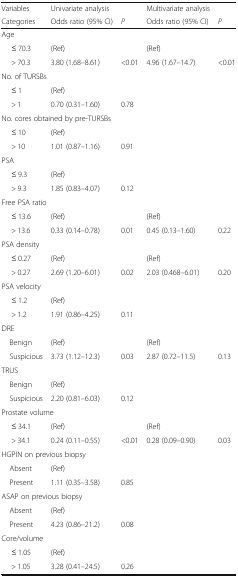
<table><thead><tr><td><b>Variables</b></td><td><b>Univariate analysis</b></td><td></td><td><b>Multivariate analysis</b></td><td></td></tr><tr><td><b>Categories</b></td><td><b>Odds ratio (95% CI)</b></td><td><b><i>P</i></b></td><td><b>Odds ratio (95% CI)</b></td><td><b><i>P</i></b></td></tr></thead><tbody><tr><td colspan="5">Age</td></tr><tr><td>≤ 70.3</td><td>(Ref)</td><td></td><td>(Ref)</td><td></td></tr><tr><td>&gt; 70.3</td><td>3.80 (1.68–8.61)</td><td>&lt;0.01</td><td>4.96 (1.67–14.7)</td><td>&lt;0.01</td></tr><tr><td colspan="5">No. of TURSBs</td></tr><tr><td>≤ 1</td><td>(Ref)</td><td></td><td></td><td></td></tr><tr><td>&gt; 1</td><td>0.70 (0.31–1.60)</td><td>0.78</td><td></td><td></td></tr><tr><td colspan="5">No. cores obtained by pre-TURSBs</td></tr><tr><td>≤ 10</td><td>(Ref)</td><td></td><td></td><td></td></tr><tr><td>&gt; 10</td><td>1.01 (0.87–1.16)</td><td>0.91</td><td></td><td></td></tr><tr><td colspan="5">PSA</td></tr><tr><td>≤ 9.3</td><td>(Ref)</td><td></td><td></td><td></td></tr><tr><td>&gt; 9.3</td><td>1.85 (0.83–4.07)</td><td>0.12</td><td></td><td></td></tr><tr><td colspan="5">Free PSA ratio</td></tr><tr><td>≤ 13.6</td><td>(Ref)</td><td></td><td>(Ref)</td><td></td></tr><tr><td>&gt; 13.6</td><td>0.33 (0.14–0.78)</td><td>0.01</td><td>0.45 (0.13–1.60)</td><td>0.22</td></tr><tr><td colspan="5">PSA density</td></tr><tr><td>≤ 0.27</td><td>(Ref)</td><td></td><td>(Ref)</td><td></td></tr><tr><td>&gt; 0.27</td><td>2.69 (1.20–6.01)</td><td>0.02</td><td>2.03 (0.468–6.01)</td><td>0.20</td></tr><tr><td colspan="5">PSA velocity</td></tr><tr><td>≤ 1.2</td><td>(Ref)</td><td></td><td></td><td></td></tr><tr><td>&gt; 1.2</td><td>1.91 (0.86–4.25)</td><td>0.11</td><td></td><td></td></tr><tr><td colspan="5">DRE</td></tr><tr><td> Benign</td><td>(Ref)</td><td></td><td>(Ref)</td><td></td></tr><tr><td> Suspicious</td><td>3.73 (1.12–12.3)</td><td>0.03</td><td>2.87 (0.72–11.5)</td><td>0.13</td></tr><tr><td colspan="5">TRUS</td></tr><tr><td> Benign</td><td>(Ref)</td><td></td><td></td><td></td></tr><tr><td> Suspicious</td><td>2.20 (0.81–6.03)</td><td>0.12</td><td></td><td></td></tr><tr><td colspan="5">Prostate volume</td></tr><tr><td>≤ 34.1</td><td>(Ref)</td><td></td><td>(Ref)</td><td></td></tr><tr><td>&gt; 34.1</td><td>0.24 (0.11–0.55)</td><td>&lt;0.01</td><td>0.28 (0.09–0.90)</td><td>0.03</td></tr><tr><td colspan="5">HGPIN on previous biopsy</td></tr><tr><td> Absent</td><td>(Ref)</td><td></td><td></td><td></td></tr><tr><td> Present</td><td>1.11 (0.35–3.58)</td><td>0.85</td><td></td><td></td></tr><tr><td colspan="5">ASAP on previous biopsy</td></tr><tr><td> Absent</td><td>(Ref)</td><td></td><td></td><td></td></tr><tr><td> Present</td><td>4.23 (0.86–21.2)</td><td>0.08</td><td></td><td></td></tr><tr><td colspan="5">Core/volume</td></tr><tr><td>≤ 1.05</td><td>(Ref)</td><td></td><td></td><td></td></tr><tr><td>&gt; 1.05</td><td>3.28 (0.41–24.5)</td><td>0.26</td><td></td><td></td></tr></tbody></table>